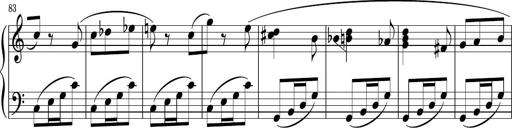
Title: Sonatina PandemÃ³nium
Composer: VÃ­ctor Carbajo
Key: C major